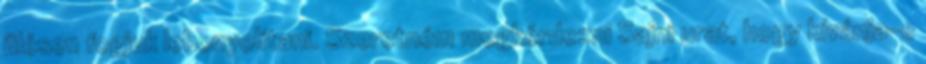
ülésen fogjuk lebonyolítani. Szeretném megkérdezni Sajni urat, hogy kívánja-e